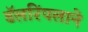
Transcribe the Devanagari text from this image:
डॅलरिंपलाने